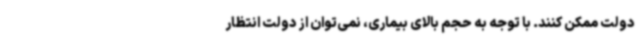
دولت ممکن کنند. با توجه به حجم بالای بیماری، نمی‌توان از دولت انتظار